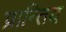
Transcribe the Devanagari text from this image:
प्रान्तिय